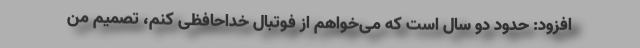
افزود: حدود دو سال است که می‌خواهم از فوتبال خداحافظی کنم، تصمیم من